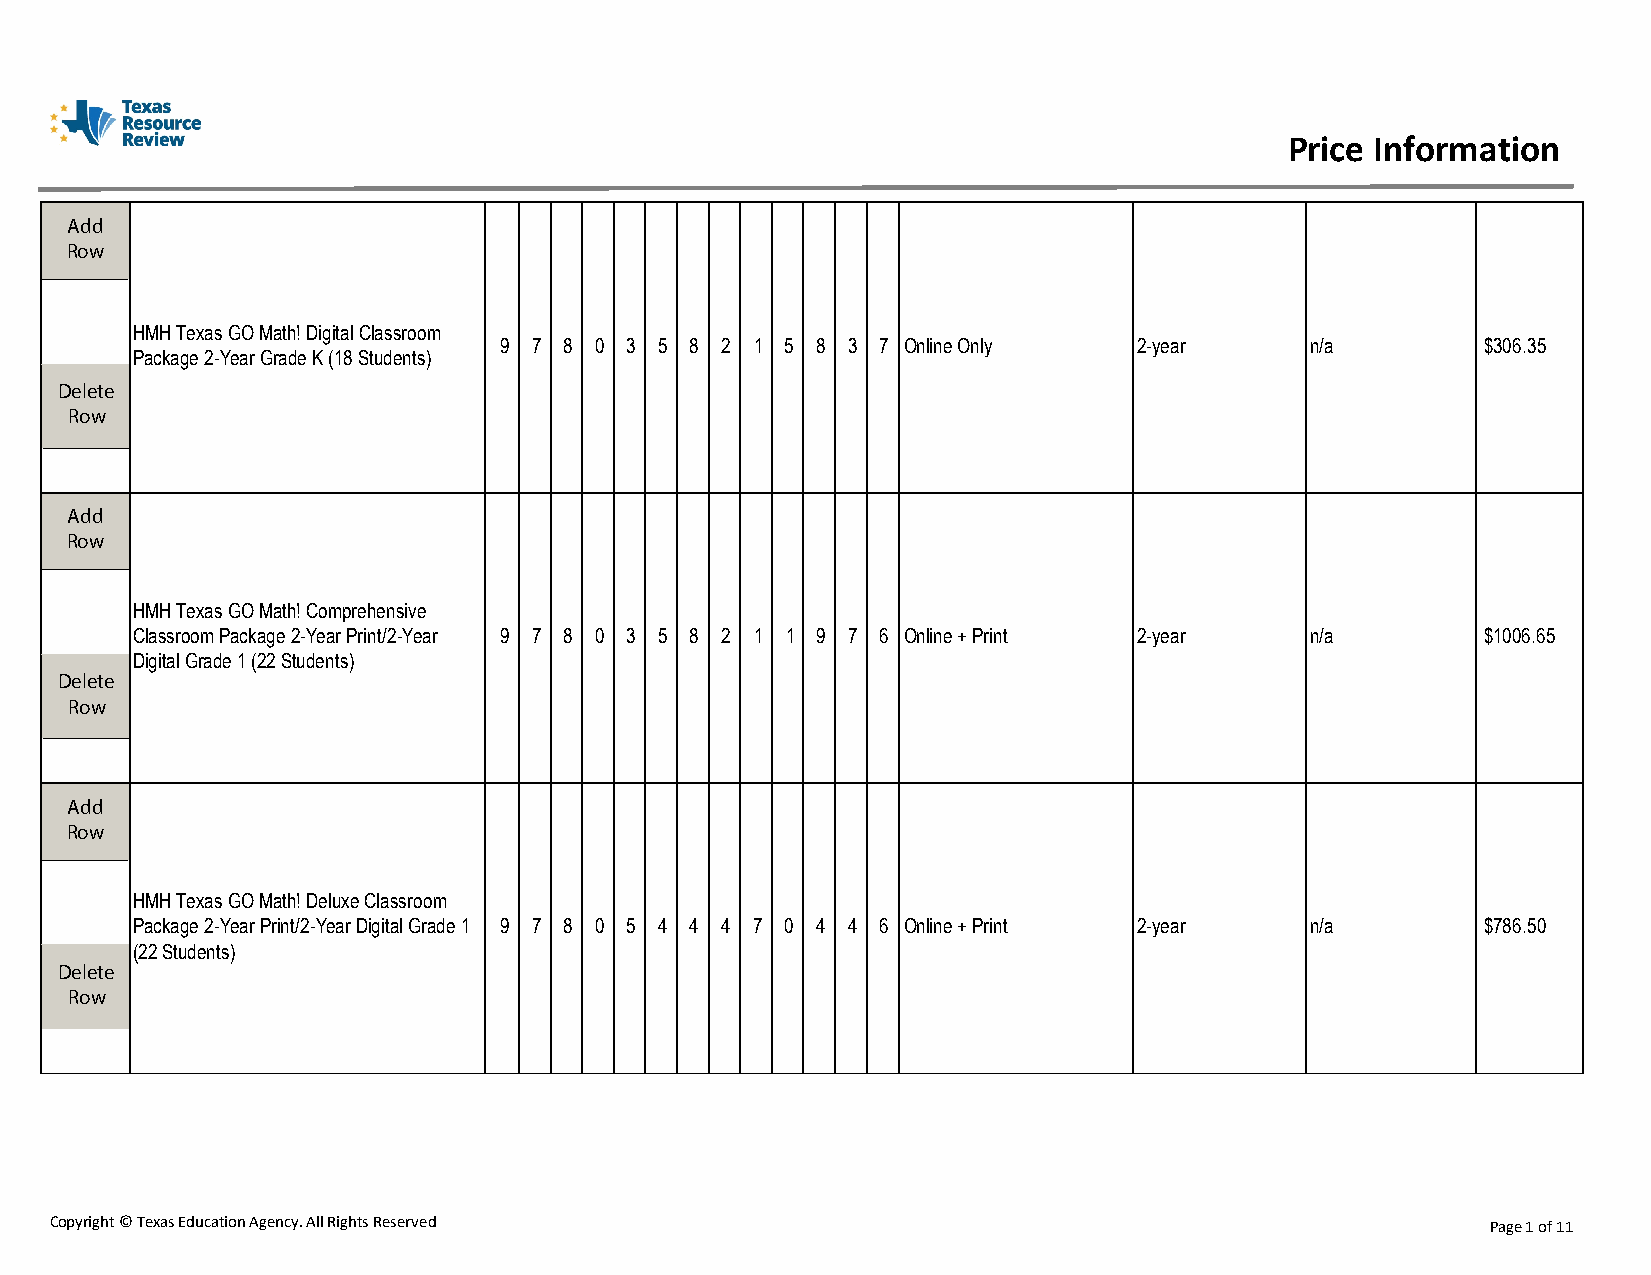
Price Information
 Add
 Row
 HMH Texas GO Math! Digital Classroom
 9 7 8 0 3  5 8 2 1 5 8 3 7 Online Only    2-year      n/a        $306.35
 Package 2-Year Grade K (18 Students)
 Delete
 Row
 Add
 Row
 HMH Texas GO Math! Comprehensive
 Classroom Package 2-Year Print/2-Year 9 7 8 0 3 5 8 2 1 1 9 7 6 Online + Print 2-year n/a $1006.65
 Digital Grade 1 (22 Students)
 Delete
 Row
 Add
 Row
 HMH Texas GO Math! Deluxe Classroom
 Package 2-Year Print/2-Year Digital Grade 1 9 7 8 0 5 4 4 4 7 0 4 4 6 Online + Print 2-year n/a $786.50
 (22 Students)
 Delete
 Row
 Copyright © Texas Education Agency. All Rights Reserved                                         Page 1 of 11